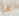
عن